Annual administration report of the Civil Veterinary Department of India - 1899-1900
Year: 1899
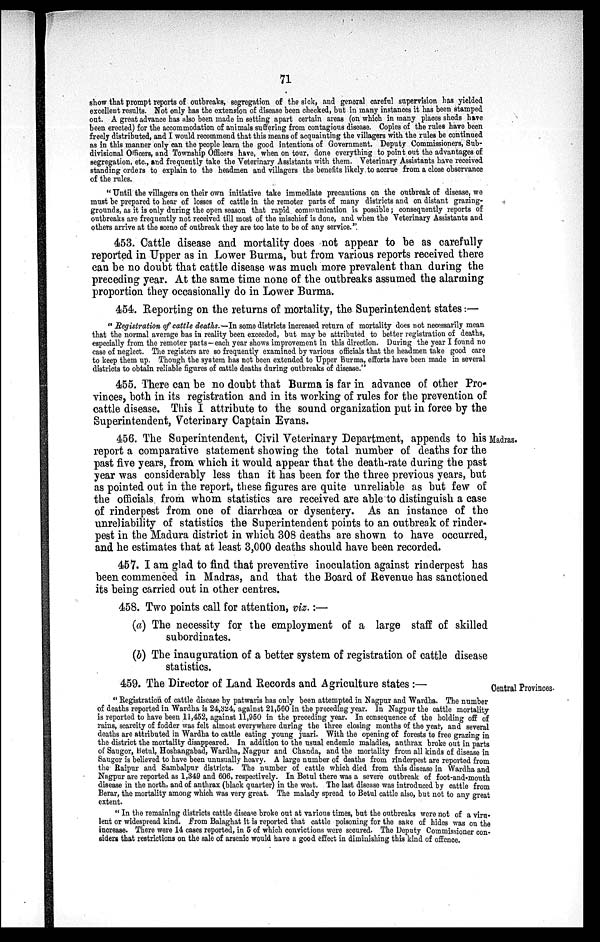
71
show that prompt reports of outbreaks, segregation of the sick, and general careful supervision has yielded
excellent results. Not only has the extension of disease been checked, but in many instances it has been stamped
out. A great advance has also been made in setting apart certain areas (on which in many places sheds have
been erected) for the accommodation of animals suffering from contagious disease. Copies of the rules have been
freely distributed, and I would recommend that this means of acquainting the villagers with the rules be continued
as in this manner only can the people learn the good intentions of Government. Deputy Commissioners, Sub-
divisional Officers, and Township Officers have, when on tour, done everything to point out the advantages of
segregation, etc., and frequently take the Veterinary Assistants with them. Veterinary Assistants have received
standing orders to explain to the headmen and villagers the benefits likely to accrue from a close observance
of the rules.
"Until the villagers on their own initiative take immediate precautions on the outbreak of disease, we
must be prepared to hear of losses of cattle in the remoter parts of many districts and on distant grazing-
grounds, as it is only during the open season that rapid communication is possible; consequently reports of
outbreaks are frequently not received till most of the mischief is done, and when the Veterinary Assistants and
others arrive at the scene of outbreak they are too late to be of any service."
453. Cattle disease and mortality does not appear to be as carefully
reported in Upper as in Lower Burma, but from various reports received there
can be no doubt that cattle disease was much more prevalent than during the
preceding year. At the same time none of the outbreaks assumed the alarming
proportion they occasionally do in Lower Burma.
454. Reporting on the returns of mortality, the Superintendent states :—
"Registration of cattle deaths.—In some districts increased return of mortality does not necessarily mean
that the normal average has in reality been exceeded, but may be attributed to better registration of deaths,
especially from the remoter parts —each year shows improvement in this direction. During the year I found no
case of neglect. The registers are so frequently examined by various officials that the headmen take good care
to keep them up. Though the system has not been extended to Upper Burma, efforts have been made in several
districts to obtain reliable figures of cattle deaths during outbreaks of disease."
455. There can be no doubt that Burma is far in advance of other Pro-
vinces, both in its registration and in its working of rules for the prevention of
cattle disease. This I attribute to the sound organization put in force by the
Superintendent, Veterinary Captain Evans.
Madras.
456. The Superintendent, Civil Veterinary Department, appends to his
report a comparative statement showing the total number of deaths for the
past five years, from which it would appear that the death-rate during the past
year was considerably less than it has been for the three previous years, but
as pointed out in the report, these figures are quite unreliable as but few of
the officials from whom statistics are received are able to distinguish a case
of rinderpest from one of diarrhœa or dysentery. As an instance of the
unreliability of statistics the Superintendent points to an outbreak of rinder-
pest in the Madura district in which 308 deaths are shown to have occurred,
and he estimates that at least 3,000 deaths should have been recorded.
457. I am glad to find that preventive inoculation against rinderpest has
been commenced in Madras, and that the Board of Revenue has sanctioned
its being carried out in other centres.
458. Two points call for attention, viz. :—
(a) The necessity for the employment of a large staff of skilled
subordinates.
(b) The inauguration of a better system of registration of cattle disease
statistics.
Central Provinces.
459. The Director of Land Records and Agriculture states :—
"Registration of cattle disease by patwaris has only been attempted in Nagpur and Wardha. The number
of deaths reported in Wardha is 24,324, against 21,560 in the preceding year. In Nagpur the cattle mortality
is reported to have been 11,452, against 11,950 in the preceding year. In consequence of the holding off of
rains, scarcity of fodder was felt almost everywhere during the three closing months of the year, and several
deaths are attributed in Wardha to cattle eating young juari. With the opening of forests to free grazing in
the district the mortality disappeared. In addition to the usual endemic maladies, anthrax broke out in parts
of Saugor, Betul, Hoshangabad, Wardha, Nagpur and Chanda, and the mortality from all kinds of disease in
Saugor is believed to have been unusually heavy. A large number of deaths from rinderpest are reported from
the Raipur and Sambalpur districts. The number of cattle which died from this disease in Wardha and
Nagpur are reported as 1,349 and 606, respectively. In Betul there was a severe outbreak of foot-and-mouth
disease in the north, and of anthrax (black quarter) in the west. The last disease was introduced by cattle from
Berar, the mortality among which was very great. The malady spread to Betul cattle also, but not to any great
extent.
"In the remaining districts cattle disease broke out at various times, but the outbreaks were not of a viru-
lent or widespread kind.From Balaghat it is reported that cattle poisoning for the sake of hides was on the
increase. There were 14 cases reported, in 5 of which convictions were secured. The Deputy Commissioner con-
siders that restrictions on the sale of arsenic would have a good effect in diminishing this kind of offence.